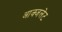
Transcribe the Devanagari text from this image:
आक्जलेट